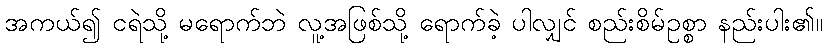
အကယ်၍ ငရဲသို့ မရောက်ဘဲ လူ့အဖြစ်သို့ ရောက်ခဲ့ ပါလျှင် စည်းစိမ်ဥစ္စာ နည်းပါး၏။